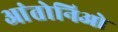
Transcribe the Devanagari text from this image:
आंतोनिओ